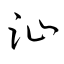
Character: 沚